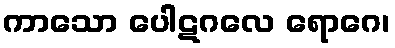
ကာသော ပေါဋဂလေ ရောဂေ၊